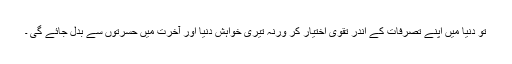
تو دنیا میں اپنے تصرفات کے اندر تقویٰ اختیار کر ورنہ تیری خواہش دنیا اور آخرت میں حسرتوں سے بدل جائے گی ۔